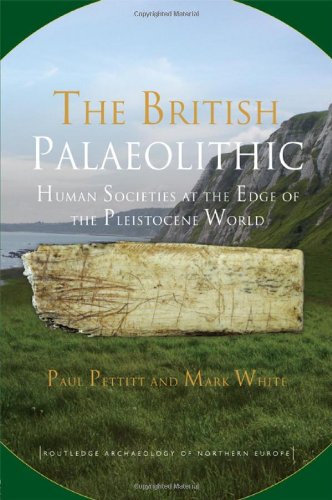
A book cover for The British Palaeolithic: Human Societies at the Edge of the Pleistocene World (Routledge Archaeology of Northern Europe); Paul Pettitt; History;